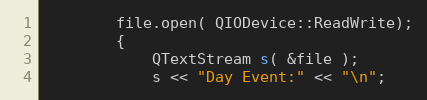
Language: C++
        file.open( QIODevice::ReadWrite);
        {
            QTextStream s( &file );
            s << "Day Event:" << "\n";